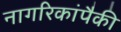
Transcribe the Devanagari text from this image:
नागरिकांपैकी